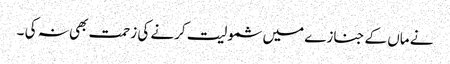
نے ماں کے جنازے میں شمولیت کرنے کی زحمت بھی نہ کی ۔